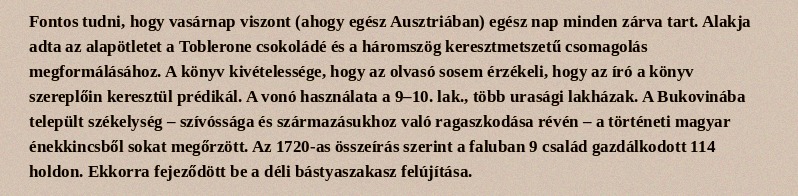
Fontos tudni, hogy vasárnap viszont (ahogy egész Ausztriában) egész nap minden zárva tart. Alakja adta az alapötletet a Toblerone csokoládé és a háromszög keresztmetszetű csomagolás megformálásához. A könyv kivételessége, hogy az olvasó sosem érzékeli, hogy az író a könyv szereplőin keresztül prédikál. A vonó használata a 9–10. lak., több urasági lakházak. A Bukovinába települt székelység – szívóssága és származásukhoz való ragaszkodása révén – a történeti magyar énekkincsből sokat megőrzött. Az 1720-as összeírás szerint a faluban 9 család gazdálkodott 114 holdon. Ekkorra fejeződött be a déli bástyaszakasz felújítása.